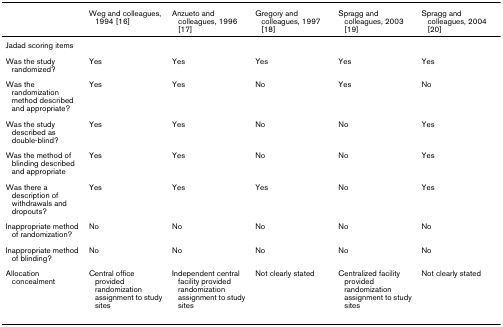
|  | Weg and colleagues, 1994 [16] | Anzueto and colleagues, 1996 [17] | Gregory and colleagues, 1997 [18] | Spragg and colleagues, 2003 [19] | Spragg and colleagues, 2004 [20] |
 | --- | --- | --- | --- | --- | --- |
 | Jadad scoring items |  |  |  |  |  |
 | Was the study randomized? | Yes | Yes | Yes | Yes | Yes |
 | Was the randomization method described and appropriate? | Yes | Yes | No | Yes | No |
 | Was the study described as double-blind? | Yes | Yes | No | No | Yes |
 | Was the method of blinding described and appropriate | Yes | Yes | No | No | Yes |
 | Was there a description of withdrawals and dropouts? | Yes | Yes | Yes | No | Yes |
 | Inappropriate method of randomization? | No | No | No | No | No |
 | Inappropriate method of blinding? | No | No | No | No | No |
 | Allocation concealment | Central office provided randomization assignment to study sites | Independent central facility provided randomization assignment to study sites | Not clearly stated | Centralized facility provided randomization assignment to study sites | Not clearly stated |